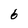
Character: 6